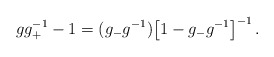
\begin{align*}gg_+^{-1}-1=(g_-g^{-1})\bigl[ 1-g_-g^{-1}\bigr] ^{-1}\, .\end{align*}